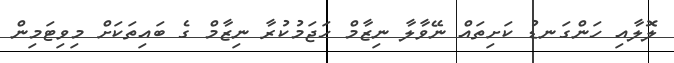
ލޮލާއި ހަންގަނޑު ކަށިތައް ނޭވާލާ ނިޒާމް ހަޖަމުކުރާ ނިޒާމް ގެ ބައިތަކަށް މިވިޓަމިން